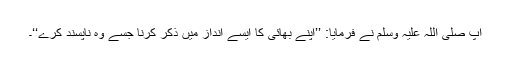
آپ صلی اللہ علیہ وسلم نے فرمایا: ’’اپنے بھائی کا ایسے انداز میں ذکر کرنا جسے وہ ناپسند کرے‘‘۔